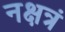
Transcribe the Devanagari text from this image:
नक्षत्रं